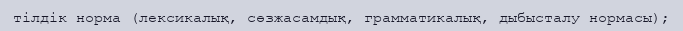
тілдік норма (лексикалық, сөзжасамдық, грамматикалық, дыбысталу нормасы);